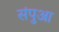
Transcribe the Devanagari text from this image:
संपुआ